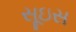
સૂઇસ